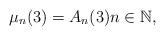
LaTeX: \begin{align*} \mu_n( 3 ) = A_n( 3 ) n \in \mathbb N,\end{align*}